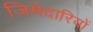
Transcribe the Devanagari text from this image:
जिमेदारियों